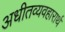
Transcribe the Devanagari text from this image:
अधीतव्यवहारार्थं